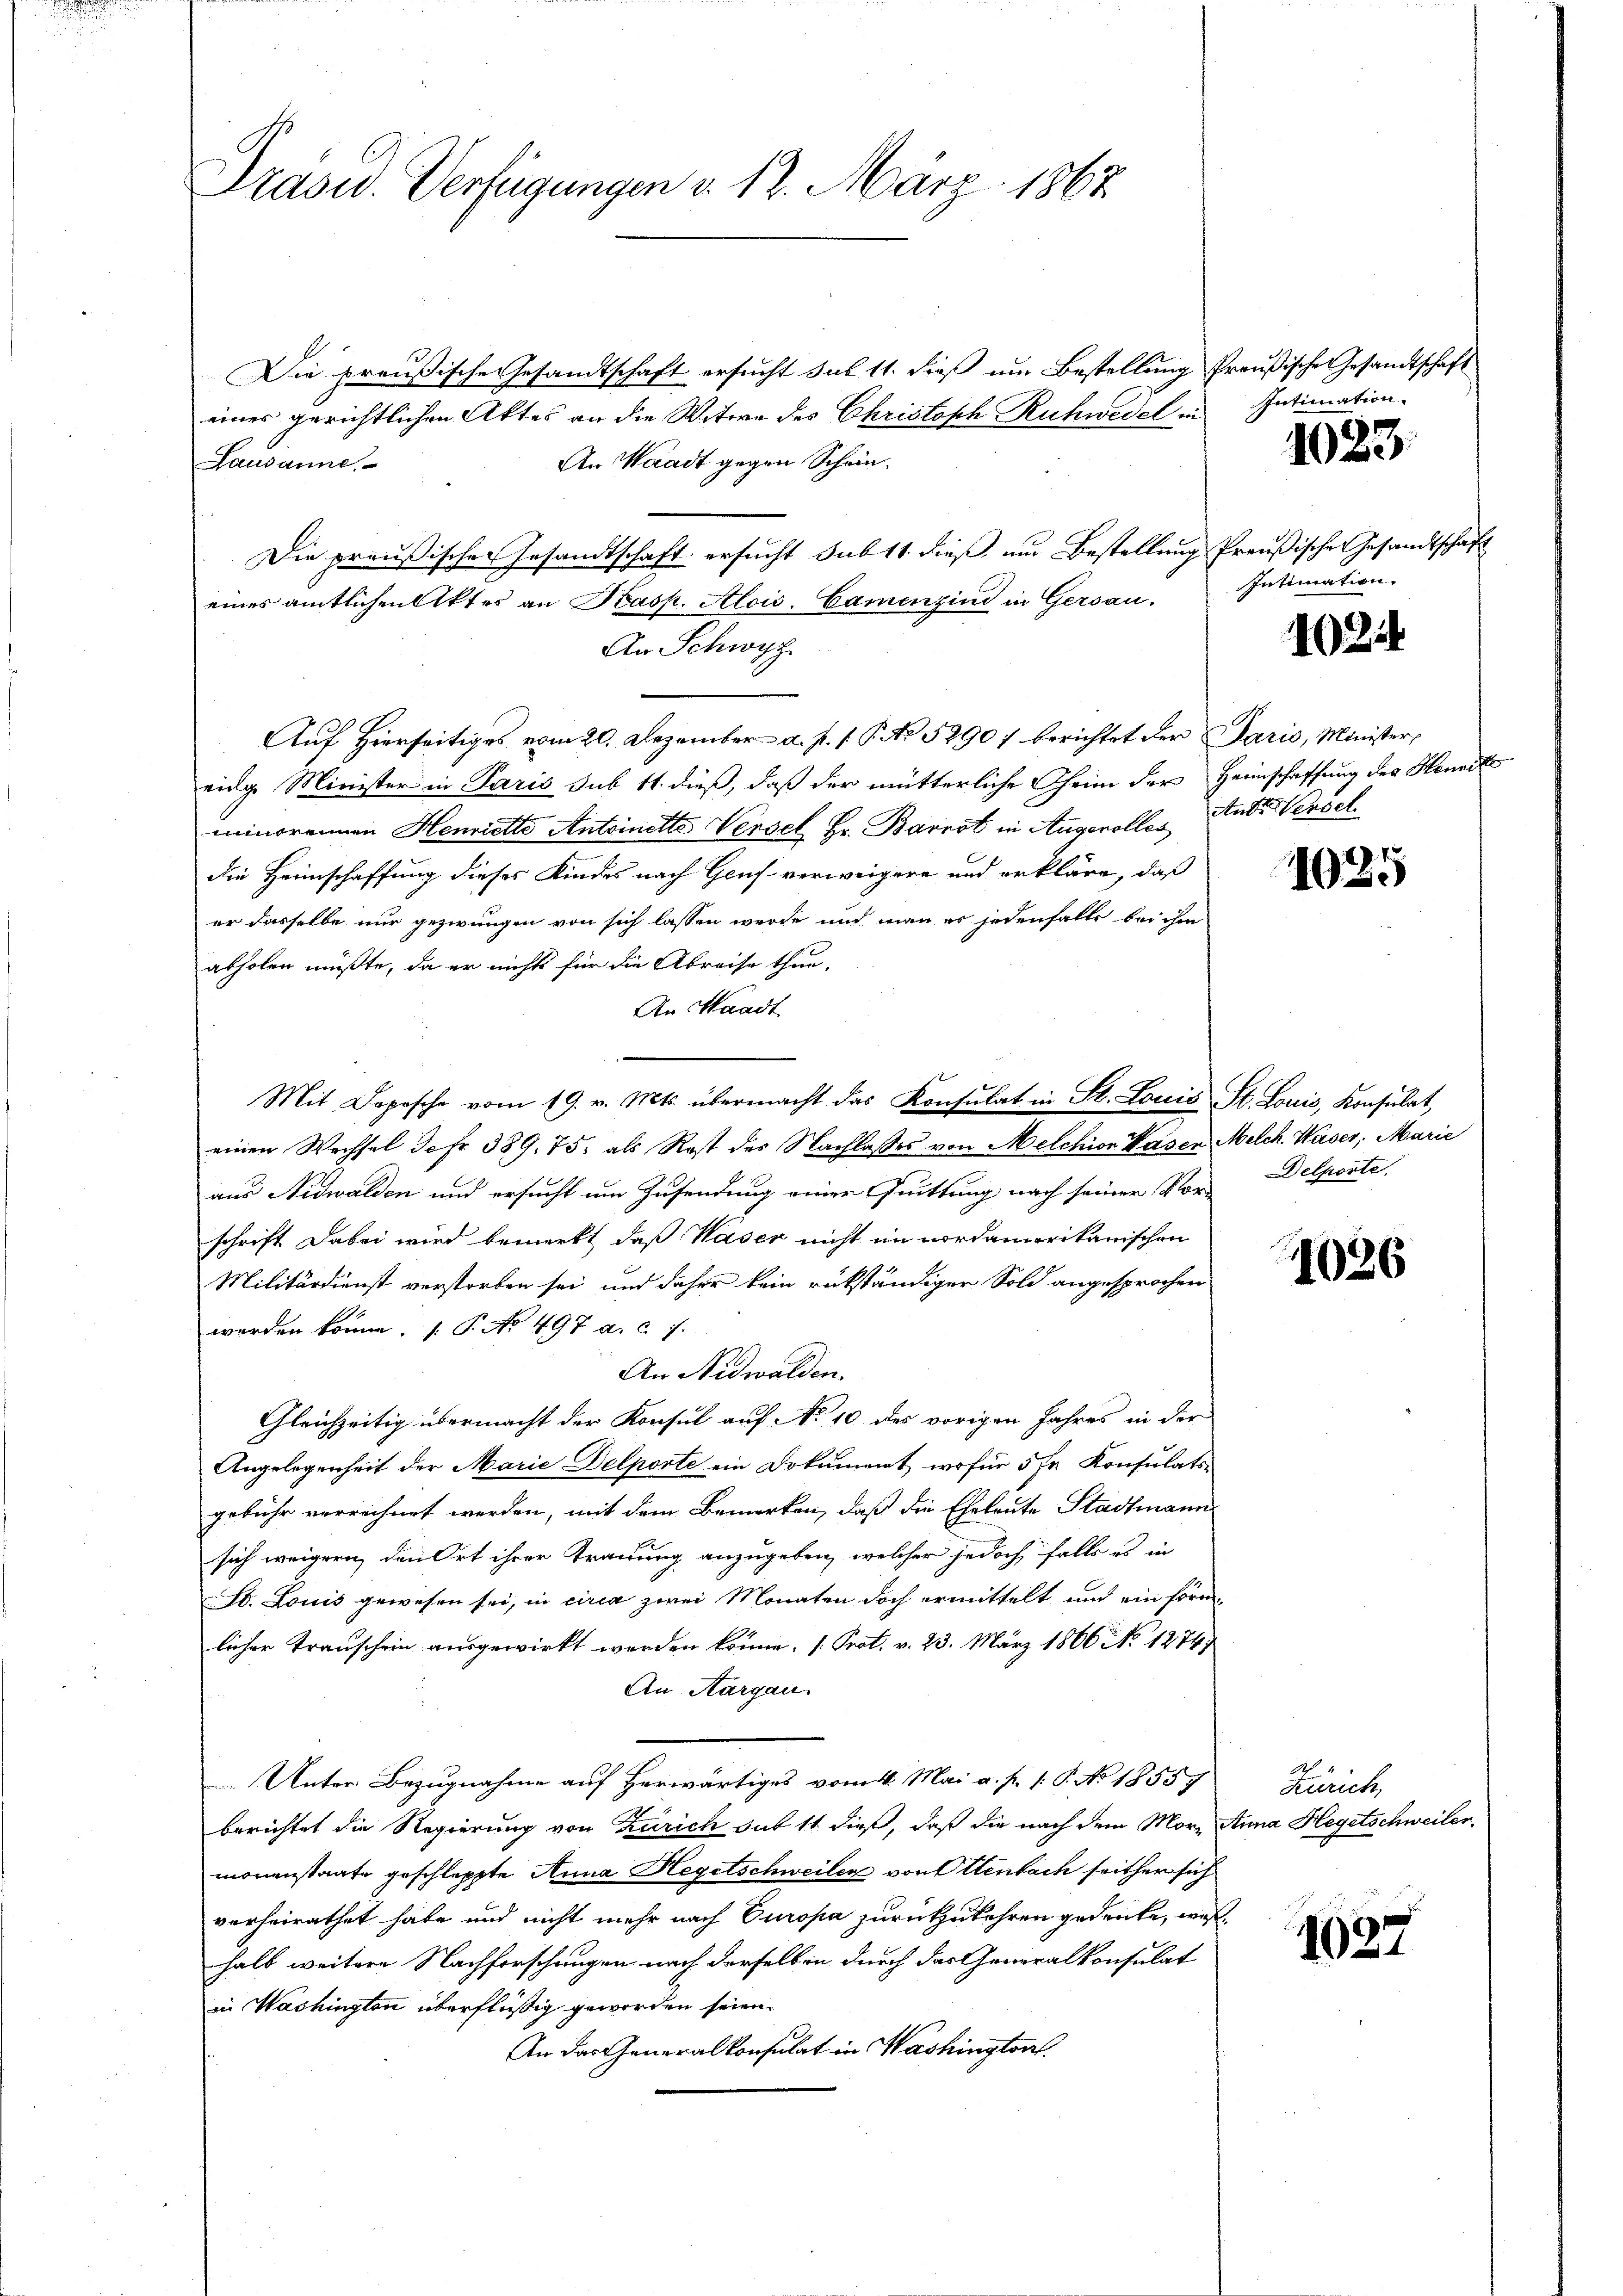
Präsid. Verfügungen v. 13. März 1867

Die preußische Gesandtschaft ersucht sub. 11. dieß um Bestellung
eines gerichtlichen Aktes an die Witwe des Christoph Ruchwedel in
An Waadt gegen Schein¬
Lausanne.
Die preußischen Gesandtschaft ersucht sub 11. dieß, um Bestellung
An Schwyz
Auf Hierseitiges vom 20. Dezember a. p. 1. P. No 52907 berichtet der Paris, Minister,
einge Minister in Paris sub 11. dieß, daß der mütterliche Theim der
minorennen Henriette Antoinette Versel Fr. Barrot in Augerolles
die Heimschaffung dieses Kindes nach Genf verweigere und erkläre, daß
er dasselbe nur gezwungen von sich lassen werde und man es jedenfalls bei ihm
abholen müßte, da er nichts für die Abreise thun.
An Waadt
Mit Depesche vom 19. v. Mts. übermacht das Konsŭlat in St. Louis St. Louis, Konsulat,
einen Wechsel defr. 389. 75, als Rest des Nachlasses von Melchion Vasen Melch. Waser, Marie
aus Nidwalden und ersucht um Zusendung einer Quittung nach seiner Vor- Delperte
schrift dabei wird bemerkt, daß Waser nicht im nordamerikanischen
Militärdienst verstorben sei, und daher kein rükständiger Sold angesprochen
worden könne. P. No 497 a. c. 7.
An Nidwalden.
Gleichzeitig übermacht der Konsul auf No 10 des vorigen Jahres in der
Angelegenheit der Marie Delporte ein Dokument, wofür 5 fr. Konsulats.
gebühr verrechnet werden, mit dem Bemerken, daß die Eheleute Stadtmann
sich weigern, den Ort ihrer Trauung anzugeben, welcher jedoch falls es in
d. Louis gewesen sei, in circa zwei Monaten doch ermittelt und ein forn
licher Transchein ausgewirkt werden könne. (Prot. v. 23. März 1866 No 1274;
An Aargau.
Unter Bezugnahme auf Herwärtiges vom 4. Mai a. p. 1. P. No 18559
berichtet die Regierung von Zürich gut 11 dieß, daß die nach dem Mormonenstaate geschleppte Anna Hegetschweiler von Ottenbach seither sich
vorheirathet habe und nicht mehr nach Europa zurückzukehren gedenke, wie
halb weitere Nachforschungen nach derselben durch das Generalkonsulat
in Washington überflüßig geworden seien.
An das Generalkonsulat in Washington

eines amtlichen Aktes an Kasp. Alois. Camenzins in Gersau.

Preußische Gesandtschaft
Intimation

1023.

Preußische Gesandtschaft
Intimation.

102

Heimschaffung des Hanndte
And. Wensel

1025

1026

Zürich,
Anna Hegetschweiler.

1027